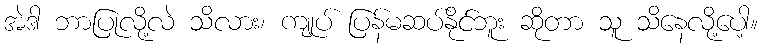
အဲဒါ ဘာပြုလို့လဲ သိလား၊ ကျုပ် ပြန်မဆပ်နိုင်ဘူး ဆိုတာ သူ သိနေလို့ပေါ့။